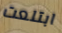
ابتلعت